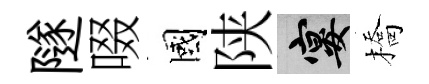
隧啜國陕宴橋